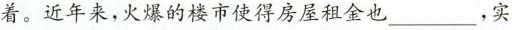
着。近年来，火爆的楼市使得房屋租金也 ___ ，实